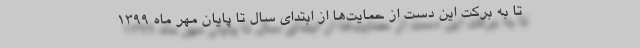
تا به برکت این دست از حمایت‌ها از ابتدای سال تا پایان مهر ماه ۱۳۹۹